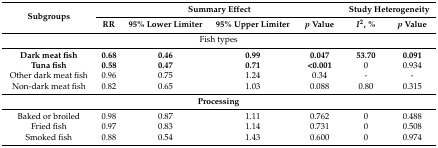
<table><thead><tr><td rowspan="2"><b>Subgroups</b></td><td colspan="4"><b>Summary Effect</b></td><td colspan="2"><b>Study Heterogeneity</b></td></tr><tr><td><b>RR</b></td><td><b>95% Lower Limiter</b></td><td><b>95% Upper Limiter</b></td><td><b><i>p</i> Value</b></td><td><b><i>I</i><sup>2</sup>, %</b></td><td><b><i>p</i> Value</b></td></tr></thead><tbody><tr><td colspan="7">Fish types</td></tr><tr><td><b>Dark meat fish</b></td><td><b>0.68</b></td><td><b>0.46</b></td><td><b>0.99</b></td><td><b>0.047</b></td><td><b>53.70</b></td><td><b>0.091</b></td></tr><tr><td><b>Tuna fish</b></td><td><b>0.58</b></td><td><b>0.47</b></td><td><b>0.71</b></td><td><b>&lt;0.001</b></td><td>0</td><td>0.934</td></tr><tr><td>Other dark meat fish</td><td>0.96</td><td>0.75</td><td>1.24</td><td>0.34</td><td>-</td><td>-</td></tr><tr><td>Non-dark meat fish</td><td>0.82</td><td>0.65</td><td>1.03</td><td>0.088</td><td>0.80</td><td>0.315</td></tr><tr><td colspan="7"><b>Processing</b></td></tr><tr><td>Baked or broiled </td><td>0.98</td><td>0.87</td><td>1.11</td><td>0.762</td><td>0</td><td>0.488</td></tr><tr><td>Fried fish</td><td>0.97</td><td>0.83</td><td>1.14</td><td>0.731</td><td>0</td><td>0.508</td></tr><tr><td>Smoked fish</td><td>0.88</td><td>0.54</td><td>1.43</td><td>0.600</td><td>0</td><td>0.974</td></tr></tbody></table>